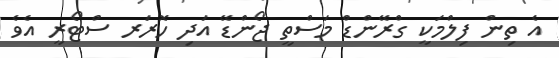
އެ ތިން ފިލްމަކީ ގްރޭންޑް މަސްތީ ޖޯންޑޭ އަދި ހޮރަރ ސްޓޯރީ އެވެ